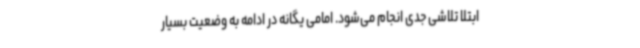
ابتلا تلاشی جدی انجام می‌شود. امامی یگانه در ادامه به وضعیت بسیار